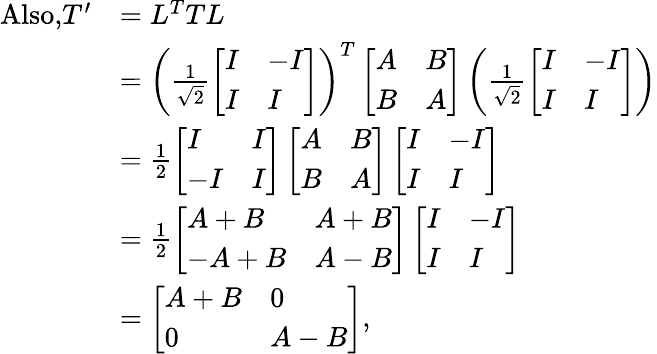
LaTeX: \begin{array}{rl}{\textrm{Also,}T^{\prime}}&{=L^{T}TL}\\ &{=\left(\frac{1}{\sqrt{2}}\left[\begin{array}{ll}{I}&{-I}\\ {I}&{I}\end{array}\right]\right)^{T}\left[\begin{array}{ll}{A}&{B}\\ {B}&{A}\end{array}\right]\left(\frac{1}{\sqrt{2}}\left[\begin{array}{ll}{I}&{-I}\\ {I}&{I}\end{array}\right]\right)}\\ &{=\frac{1}{2}\left[\begin{array}{ll}{I}&{I}\\ {-I}&{I}\end{array}\right]\left[\begin{array}{ll}{A}&{B}\\ {B}&{A}\end{array}\right]\left[\begin{array}{ll}{I}&{-I}\\ {I}&{I}\end{array}\right]}\\ &{=\frac{1}{2}\left[\begin{array}{ll}{A+B}&{A+B}\\ {-A+B}&{A-B}\end{array}\right]\left[\begin{array}{ll}{I}&{-I}\\ {I}&{I}\end{array}\right]}\\ &{=\left[\begin{array}{ll}{A+B}&{0}\\ {0}&{A-B}\end{array}\right],}\end{array}